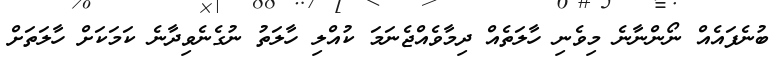
ބުނެފައެއް ނޯންނާނެ މިވެނި ހާލަތެއް ދިމާވެއްޖެނަމަ ކުއްލި ހާލަތު ނުގެނެވިދާނެ ކަމަކަށް ހާލަތަށް